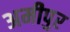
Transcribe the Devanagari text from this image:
अमीपुर